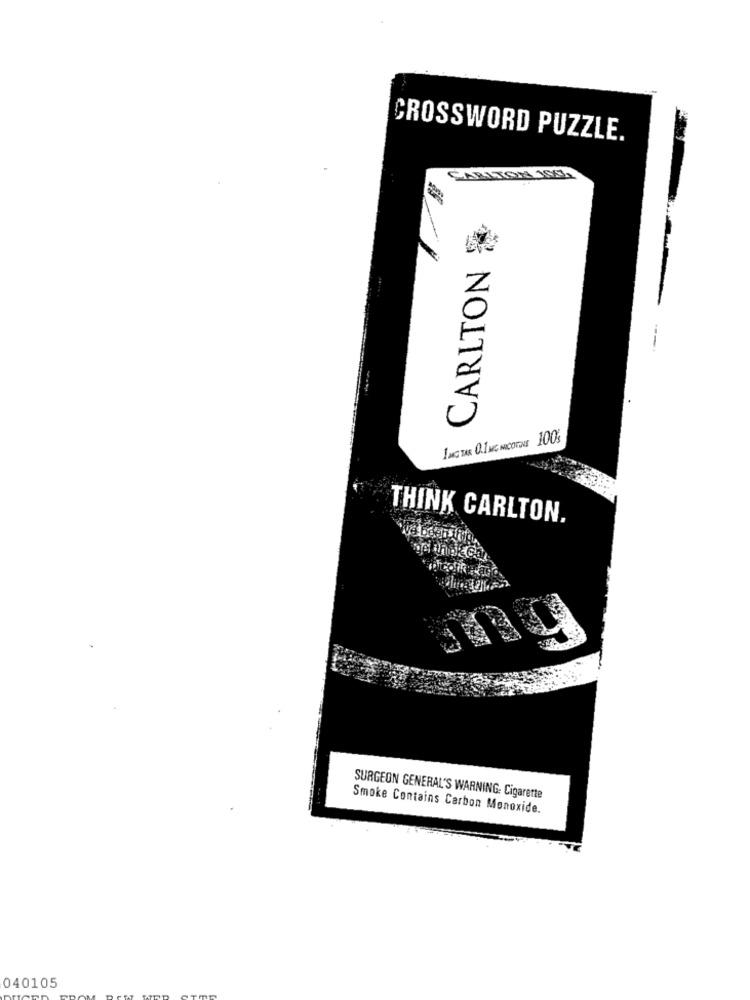
CROSSWORD PUZZLE.
-
CARLTON
ING MAR 01 MG NICOTINE 100%
THINK CARLTON.
SURGEON GENERAL'S WARNING: Cigarette
Smoke Contains Carbon Monoxide.
040105